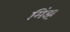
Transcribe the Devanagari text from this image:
मिंझ